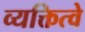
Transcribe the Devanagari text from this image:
व्यक्तित्वे